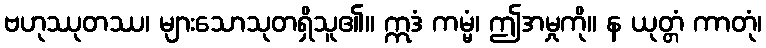
ဗဟုဿုတဿ၊ များသောသုတရှိသူ၏။ ဣဒံ ကမ္မံ၊ ဤအမှုကို။ န ယုတ္တံ ကာတုံ၊